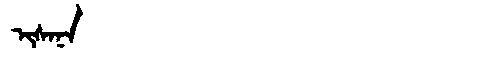
Manchu: ᡳᠰᠠᠨᠠ
Romanization: ISANA